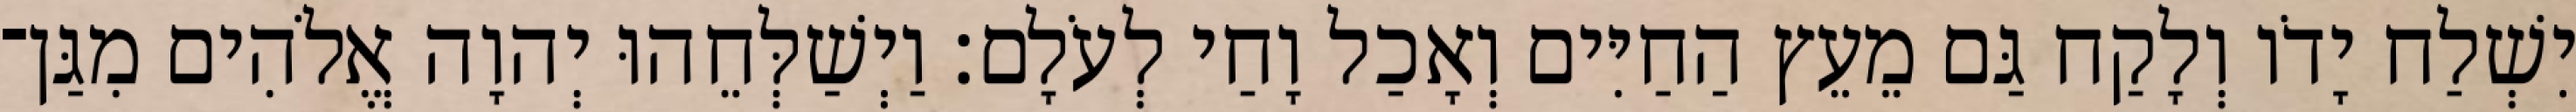
יִשְׁלַח יָדֹו וְלָקַח גַּם מֵעֵץ הַחַיִּים וְאָכַל וָחַי לְעֹלָם׃ וַיְשַׁלְּחֵהוּ יְהוָה אֱלֹהִים מִגַּן־